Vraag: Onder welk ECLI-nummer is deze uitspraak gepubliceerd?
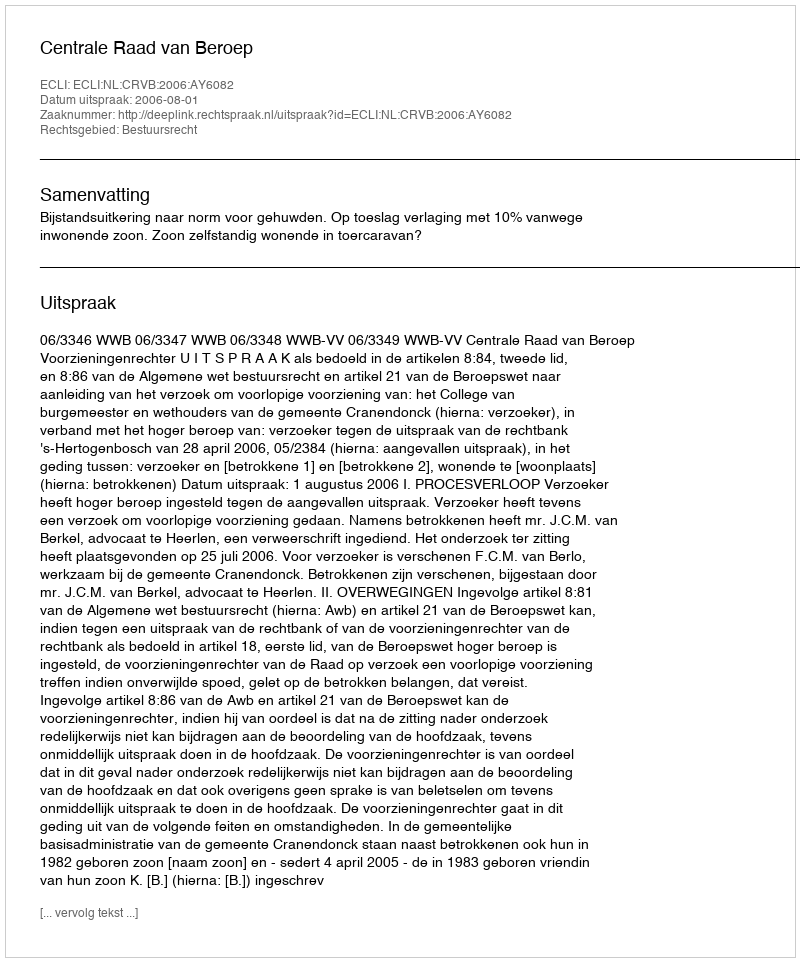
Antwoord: ECLI:NL:CRVB:2006:AY6082